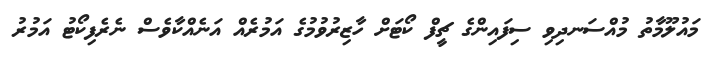
މައުލޫމާތު މުއްސަނދިވި ސިފައިންގެ ޗީފް ކޯޓަށް ހާޒިރުވުމުގެ އަމުރެއް އަނެއްކާވެސް ނެރެފިކޯޓު އަމުރު